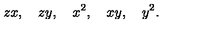
z x , \quad z y , \quad x ^ { 2 } , \quad x y , \quad y ^ { 2 } .